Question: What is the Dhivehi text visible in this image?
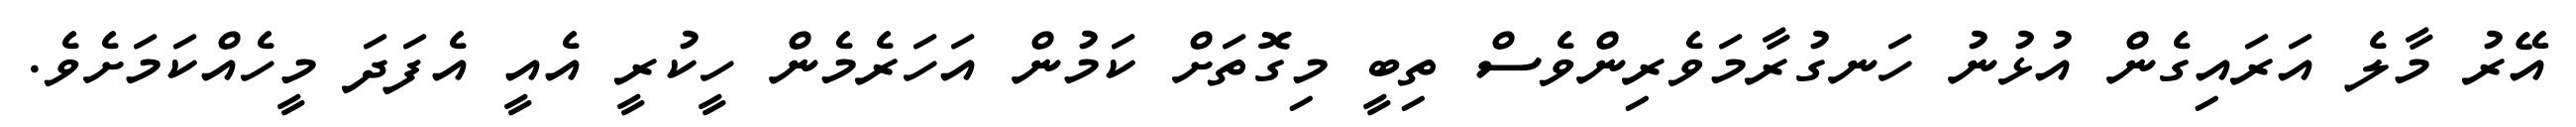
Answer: އޭރު މާލެ އަރައިގެން އުޅުނު ހަނގުރާމަވެރިންވެސް ތިބީ މިގޮތަށް ކަމުން އަހަރެމެން ހީކުރީ އެއީ އެފަދަ މީހެއްކަމަށެވެ.